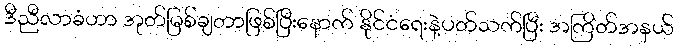
ဒီညီလာခံဟာ အုတ်မြစ်ချတာဖြစ်ပြီးနောက် နိုင်ငံရေးနဲ့ပတ်သက်ပြီး အကြိတ်အနယ်